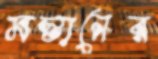
মস্তানের